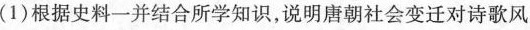
(1)根据史料一并结合所学知识，说明唐朝社会变迁对诗歌风